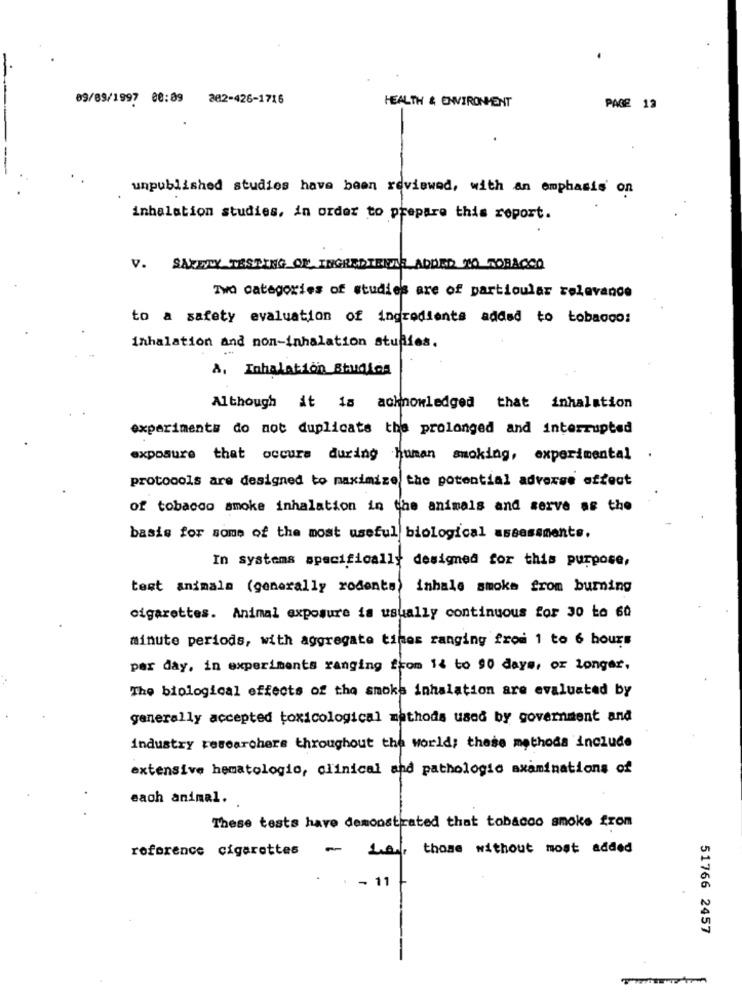
09/09/1997 00:09 202-426-1716
HEALTH & ENVIRONMENT
PAGE 13
unpublished studies have been reviewed, with an emphasis on
inhalation studies, in order to prepare this report.
V. SAZENLY TESTING OF INGREDIENTE ADDED NO TOBACCO
Two categories of studies are of particular relevance
to a safety evaluation of ingredients added to tobacco:
inhalation and non-inhalation studies.
A. Inhalation Studios
Although it is acknowledged that inhalation
experiments do not duplicate the prolonged and interrupted
exposure that occurs during human smoking, experimental
.
protocols are designed to maximize the potential adverse effect
of tobacco smoke inhalation in the animals and serve as the
basis for some of the most useful biological assessments.
In systems specifically
designed for this purpose,
test animals (generally rodents)
inhale smoke from burning
cigarettes. Animal exposure is usually continuous for 30 to 60
minute periods, with aggregate tines ranging from 1 to 6 hours
per day, in experiments ranging from 14 to 90 days, or longer,
The biological effects of the smoke inhalation are evaluated by
generally accepted toxicological methods used by government and
industry researchers throughout the world; these methods include
extensive hematologic, clinical and pathologic axaminations of
each animal.
These tests have demonstrated that tobacco smoke from
reference cigarettes -
Le, those without most added
11
51766 2457